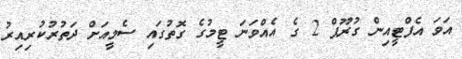
އަވަ އެފްޓީއިން ގުރޫޕް 2 ގެ އެއްވަނަ ޓީމުގެ ގޮތުގައި ސެމީއަށް ދަތުރުކުރިއިރު